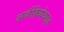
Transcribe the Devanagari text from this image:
अर्थक्रियेबद्दल